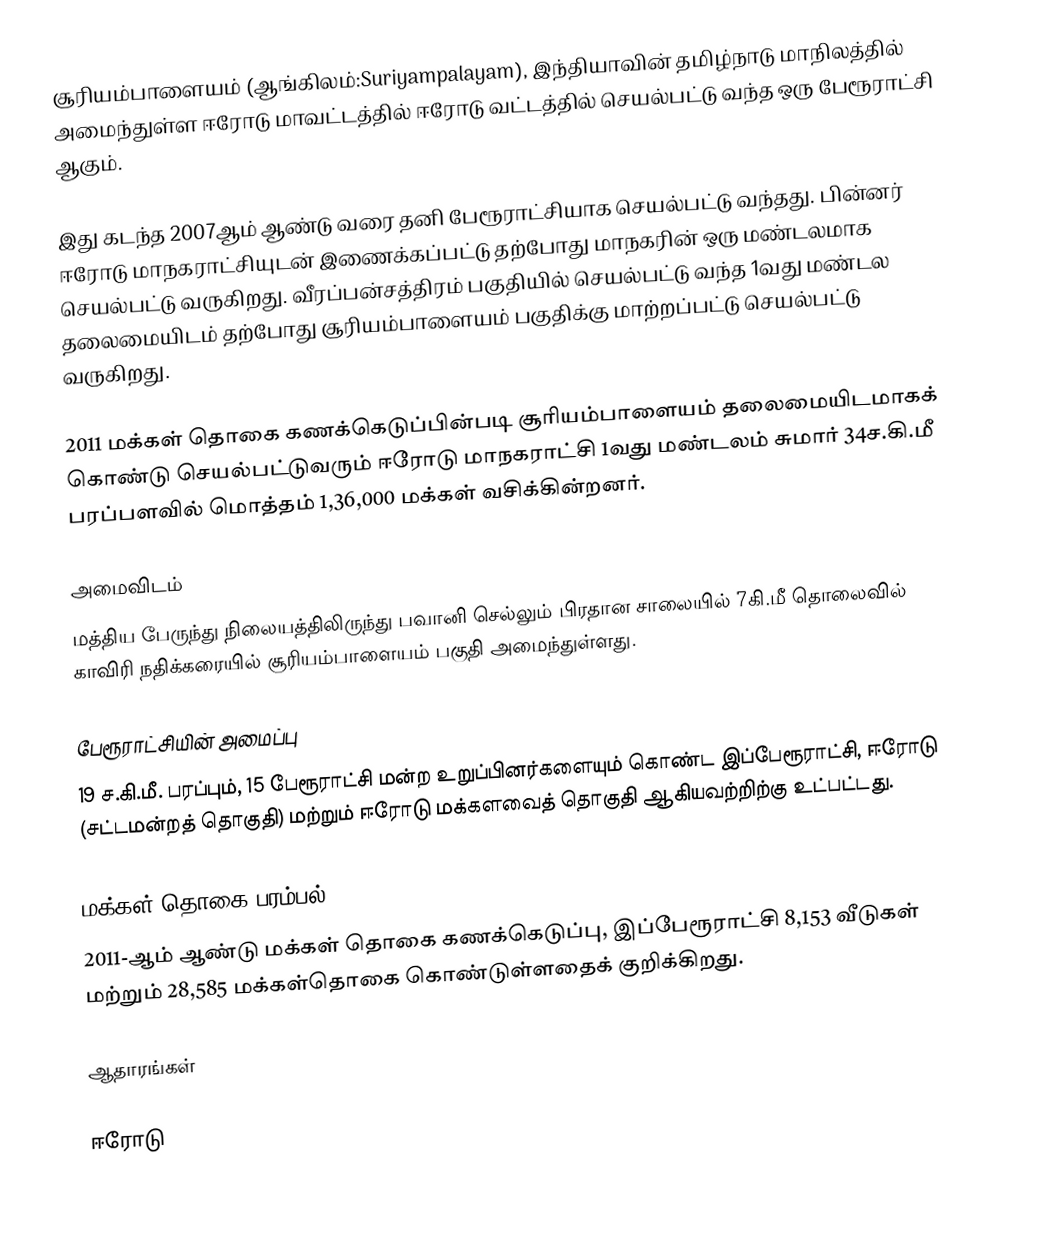
சூரியம்பாளையம் (ஆங்கிலம்:Suriyampalayam), இந்தியாவின் தமிழ்நாடு மாநிலத்தில் அமைந்துள்ள ஈரோடு மாவட்டத்தில் ஈரோடு வட்டத்தில் செயல்பட்டு வந்த ஒரு பேரூராட்சி ஆகும்.

இது கடந்த 2007ஆம் ஆண்டு வரை தனி பேரூராட்சியாக செயல்பட்டு வந்தது. பின்னர் ஈரோடு மாநகராட்சியுடன் இணைக்கப்பட்டு தற்போது மாநகரின் ஒரு மண்டலமாக செயல்பட்டு வருகிறது. வீரப்பன்சத்திரம் பகுதியில் செயல்பட்டு வந்த 1வது மண்டல தலைமையிடம் தற்போது சூரியம்பாளையம் பகுதிக்கு மாற்றப்பட்டு செயல்பட்டு வருகிறது.

2011 மக்கள் தொகை கணக்கெடுப்பின்படி சூரியம்பாளையம் தலைமையிடமாகக் கொண்டு செயல்பட்டுவரும் ஈரோடு மாநகராட்சி 1வது மண்டலம் சுமார் 34ச.கி.மீ பரப்பளவில் மொத்தம் 1,36,000 மக்கள் வசிக்கின்றனர்.

அமைவிடம்
மத்திய பேருந்து நிலையத்திலிருந்து பவானி செல்லும் பிரதான சாலையில் 7கி.மீ தொலைவில் காவிரி நதிக்கரையில் சூரியம்பாளையம் பகுதி அமைந்துள்ளது.

பேரூராட்சியின் அமைப்பு
19 ச.கி.மீ. பரப்பும், 15 பேரூராட்சி மன்ற உறுப்பினர்களையும் கொண்ட இப்பேரூராட்சி, ஈரோடு   (சட்டமன்றத் தொகுதி) மற்றும் ஈரோடு மக்களவைத் தொகுதி ஆகியவற்றிற்கு உட்பட்டது.

மக்கள் தொகை பரம்பல்
2011-ஆம் ஆண்டு மக்கள் தொகை கணக்கெடுப்பு, இப்பேரூராட்சி  8,153 வீடுகள் மற்றும் 28,585 மக்கள்தொகை கொண்டுள்ளதைக் குறிக்கிறது.

ஆதாரங்கள்

ஈரோடு